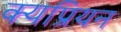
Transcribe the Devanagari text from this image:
क्यप्रियन